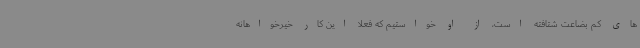
های کم بضاعت شتافته است، از او خواستیم که فعلا این کار خیرخواهانه